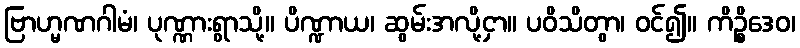
ဗြာဟ္မဏဂါမံ၊ ပုဏ္ဏားရွာသို့။ ပိဏ္ဍာယ၊ ဆွမ်းအလို့ငှာ။ ပဝိသိတွာ၊ ဝင်၍။ ကိဉ္စိဒေဝ၊